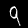
Digit: 9